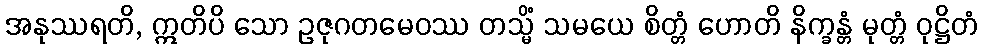
အနုဿရတိ, ဣတိပိ သော ဥဇုဂတမေဝဿ တသ္မိံ သမယေ စိတ္တံ ဟောတိ နိက္ခန္တံ မုတ္တံ ဝုဋ္ဌိတံ